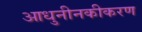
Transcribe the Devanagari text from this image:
आधुनीनकीकरण